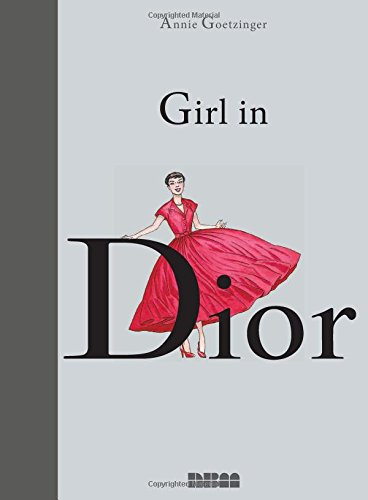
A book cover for Girl in Dior (Biographies); Annie Goetzinger; Comics & Graphic Novels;